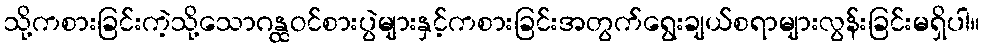
သို့ကစားခြင်းကဲ့သို့သောဂန္ထဝင်စားပွဲများနှင့်ကစားခြင်းအတွက်ရွေးချယ်စရာများလွန်းခြင်းမရှိပါ။